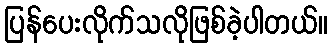
ပြန်ပေးလိုက်သလိုဖြစ်ခဲ့ပါတယ်။